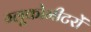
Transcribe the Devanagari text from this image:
ग्लूकोमीटरों